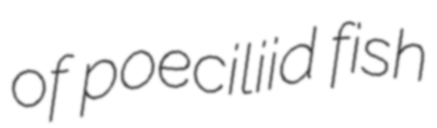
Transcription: of poeciliid fish